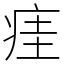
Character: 㾏